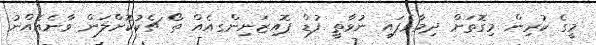
މީގެ ކުރިން މިގޮތަށް ދިމާވެފައި ނުވާތީ ފުޑް ޕޮއިޒަނިންގއެއް ތޯ ޗެކުކޮށްލަން ވާނެއެއްނު